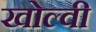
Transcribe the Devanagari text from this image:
खोल्वी